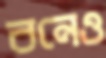
বনেও